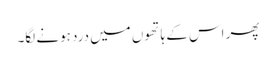
پھر اس کے ہاتھوں میں درد ہونے لگا۔